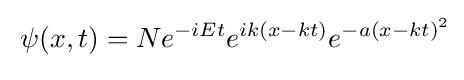
{\frac {}{}}\psi (x,t)=Ne^{-iEt}e^{ik{(x-kt)}}e^{-a({x-kt})^{2}}